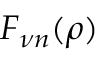
F _ { \nu n } ( \rho )